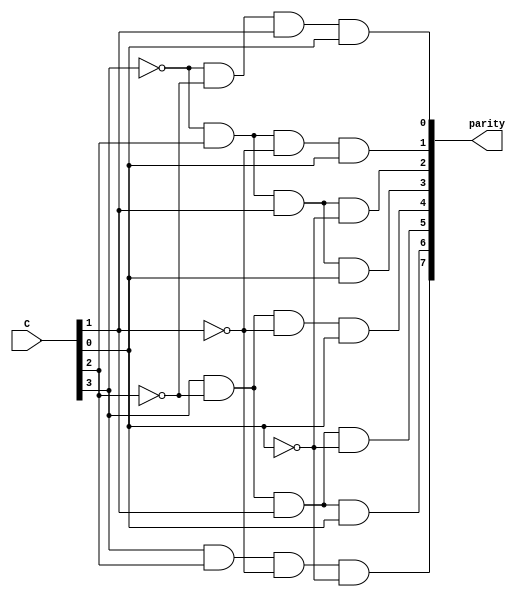
`timescale 1ns / 1ps
//////////////////////////////////////////////////////////////////////////////////
// Company: 
// Engineer: 
// 
// Design Name: 
// Module Name:    four_twelve_decoder 
// Project Name: 
// Target Devices: 
// Tool versions: 
// Description: 
//
// Dependencies: 
//
// Revision: 
// Revision 0.01 - File Created
// Additional Comments: 
//
//////////////////////////////////////////////////////////////////////////////////
module four_twelve_decoder(input [4:1]C, output [8:1]parity);
//assign parity[1]=(~C[4])&(~C[3])&(~C[2])&(C[1]);
//assign parity[2]=(~C[4])&(~C[3])&(C[2])&(~C[1]);
assign parity[1]=(~C[4])&(~C[3])&(C[2])&(C[1]);
//assign parity[4]=(~C[4])&(C[3])&(~C[2])&(~C[1]);
assign parity[2]=(~C[4])&(C[3])&(~C[2])&(C[1]);
assign parity[3]=(~C[4])&(C[3])&(C[2])&(~C[1]);
assign parity[4]=(~C[4])&(C[3])&(C[2])&(C[1]);
//assign parity[8]=(C[4])&(~C[3])&(~C[2])&(~C[1]);
assign parity[5]=(C[4])&(~C[3])&(~C[2])&(C[1]);
assign parity[6]=(C[4])&(~C[3])&(C[2])&(~C[1]);
assign parity[7]=(C[4])&(~C[3])&(C[2])&(C[1]);
assign parity[8]=(C[4])&(C[3])&(~C[2])&(~C[1]);
endmodule